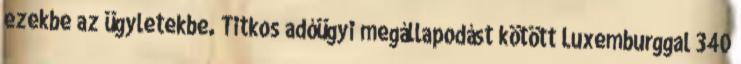
ezekbe az ügyletekbe. Titkos adóügyi megállapodást kötött Luxemburggal 340